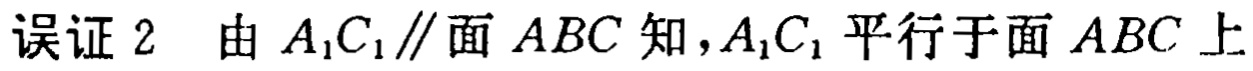
误证 2  由 \(A_{1}C_{1}\parallel\)面 \(ABC\)知，\(A_{1}C_{1}\)平行于面 \(ABC\)上